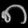
Digit: ၈